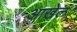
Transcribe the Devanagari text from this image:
आखेल